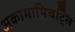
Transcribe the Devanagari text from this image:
अकामापिचट्लि